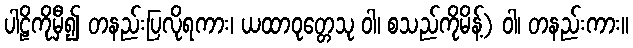
ပါဠိကိုမှီ၍ တနည်းပြလိုရကား၊ ယထာဝုတ္တေသု ဝါ၊ စသည်ကိုမိန့်) ဝါ၊ တနည်းကား။